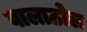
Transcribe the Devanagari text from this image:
वालाठोल